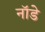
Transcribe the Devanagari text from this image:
नॉडे